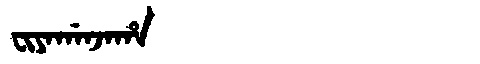
Manchu: ᠸᡳᠶᠠᡤᠠᠨᠵᠠᡥᠠ
Romanization: FIYAGANJAHA